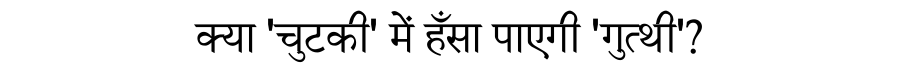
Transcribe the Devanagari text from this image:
क्या 'चुटकी' में हँसा पाएगी 'गुत्थी'?